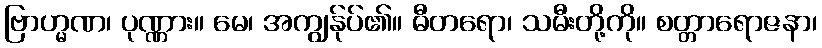
ဗြာဟ္မဏ၊ ပုဏ္ဏား။ မေ၊ အကျွန်ုပ်၏။ ဓီတရော၊ သမီးတို့ကို။ စတ္တာရောဇနာ၊